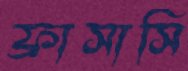
ফ্রাসাসি